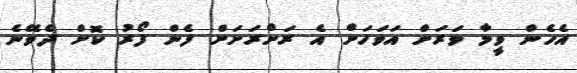
އެހެން ވީމާ ވަރަށް އަވަހަށް އެ ރަށްރަށަށް ފެން ފޯރު ކޮށް ދެވޭނެ